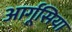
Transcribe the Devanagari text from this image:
आर्गूसिया